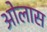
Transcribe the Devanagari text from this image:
ओलास